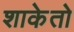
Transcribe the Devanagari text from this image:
शाकेतो